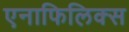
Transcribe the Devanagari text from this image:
एनाफिलिक्स